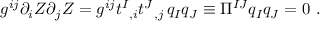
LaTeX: g ^ { i j } \partial _ { i } Z \partial _ { j } Z = g ^ { i j } t ^ { I } { } _ { , i } t ^ { J } { } _ { , j } \, q _ { I } q _ { J } \equiv \Pi ^ { I J } q _ { I } q _ { J } = 0 \ .